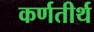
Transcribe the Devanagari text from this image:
कर्णतीर्थ